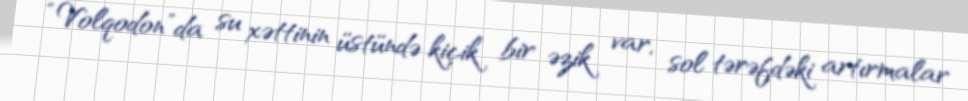
“Volqodon”da su xəttinin üstündə kiçik bir əzik var, sol tərəfdəki artırmalar